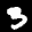
Label: 3